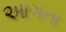
આગતા